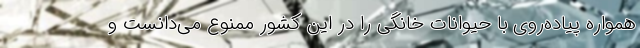
همواره پیاده‌روی با حیوانات خانگی را در این کشور ممنوع می‌دانست و